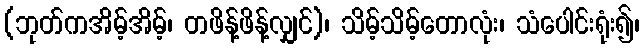
(ဘုတ်ကအိမ့်အိမ့်၊ တဖိန့်ဖိန့်လျှင်)၊ သိမ့်သိမ့်တောလုံး၊ သံပေါင်းရုံး၍၊